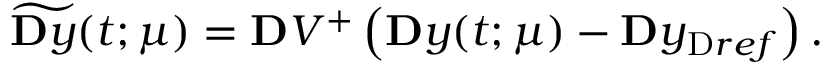
\widetilde { \ensuremath Ḋ \mathbf Ḋ y Ḍ Ḍ } ( t ; \ensuremath { \boldsymbol Ḋ \mu Ḍ } ) = \ensuremath { \mathbf Ḋ V Ḍ } ^ { + } \left( \ensuremath { \mathbf Ḋ y Ḍ } ( t ; \ensuremath { \boldsymbol Ḋ \mu Ḍ } ) - \ensuremath { \mathbf Ḋ y Ḍ } _ { \mathrm { Ḋ } r e f Ḍ } \right) .